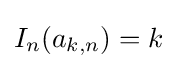
I_{n}(a_{k,n})=k